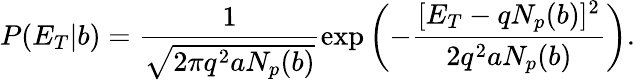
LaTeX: P(E_{T}|b)=\frac{1}{\sqrt{2\pi q^{2}aN_{p}(b)}}\exp\left(-\frac{[E_{T}-qN_{p}(b)]^{2}}{2q^{2}aN_{p}(b)}\right).